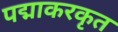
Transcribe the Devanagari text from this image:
पद्माकरकृत